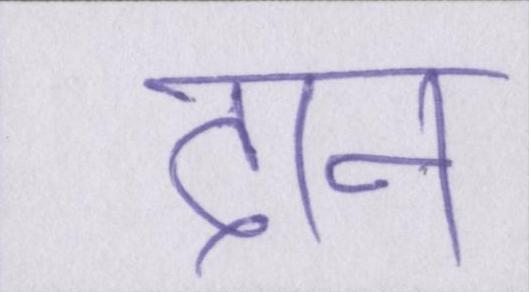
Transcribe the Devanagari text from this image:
दान